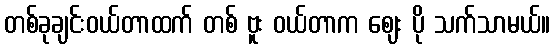
တစ်ခုချင်းဝယ်တာထက် တစ် ဗူး ဝယ်တာက ဈေး ပို သက်သာမယ်။